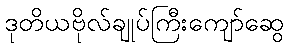
ဒုတိယဗိုလ်ချုပ်ကြီးကျော်ဆွေ